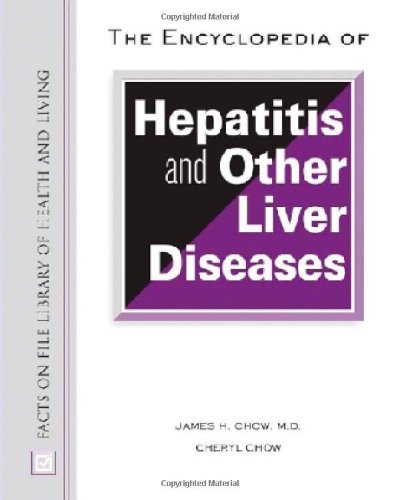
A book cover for The Encyclopedia of Hepatitis And Other Liver Diseases (Facts on File Library of Health and Living); James H. Chow; Health, Fitness & Dieting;